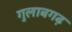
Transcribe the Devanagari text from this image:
गुलाबगढ़